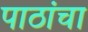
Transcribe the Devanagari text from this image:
पाठांचा